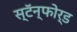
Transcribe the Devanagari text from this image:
स्टॅन्फोर्ड